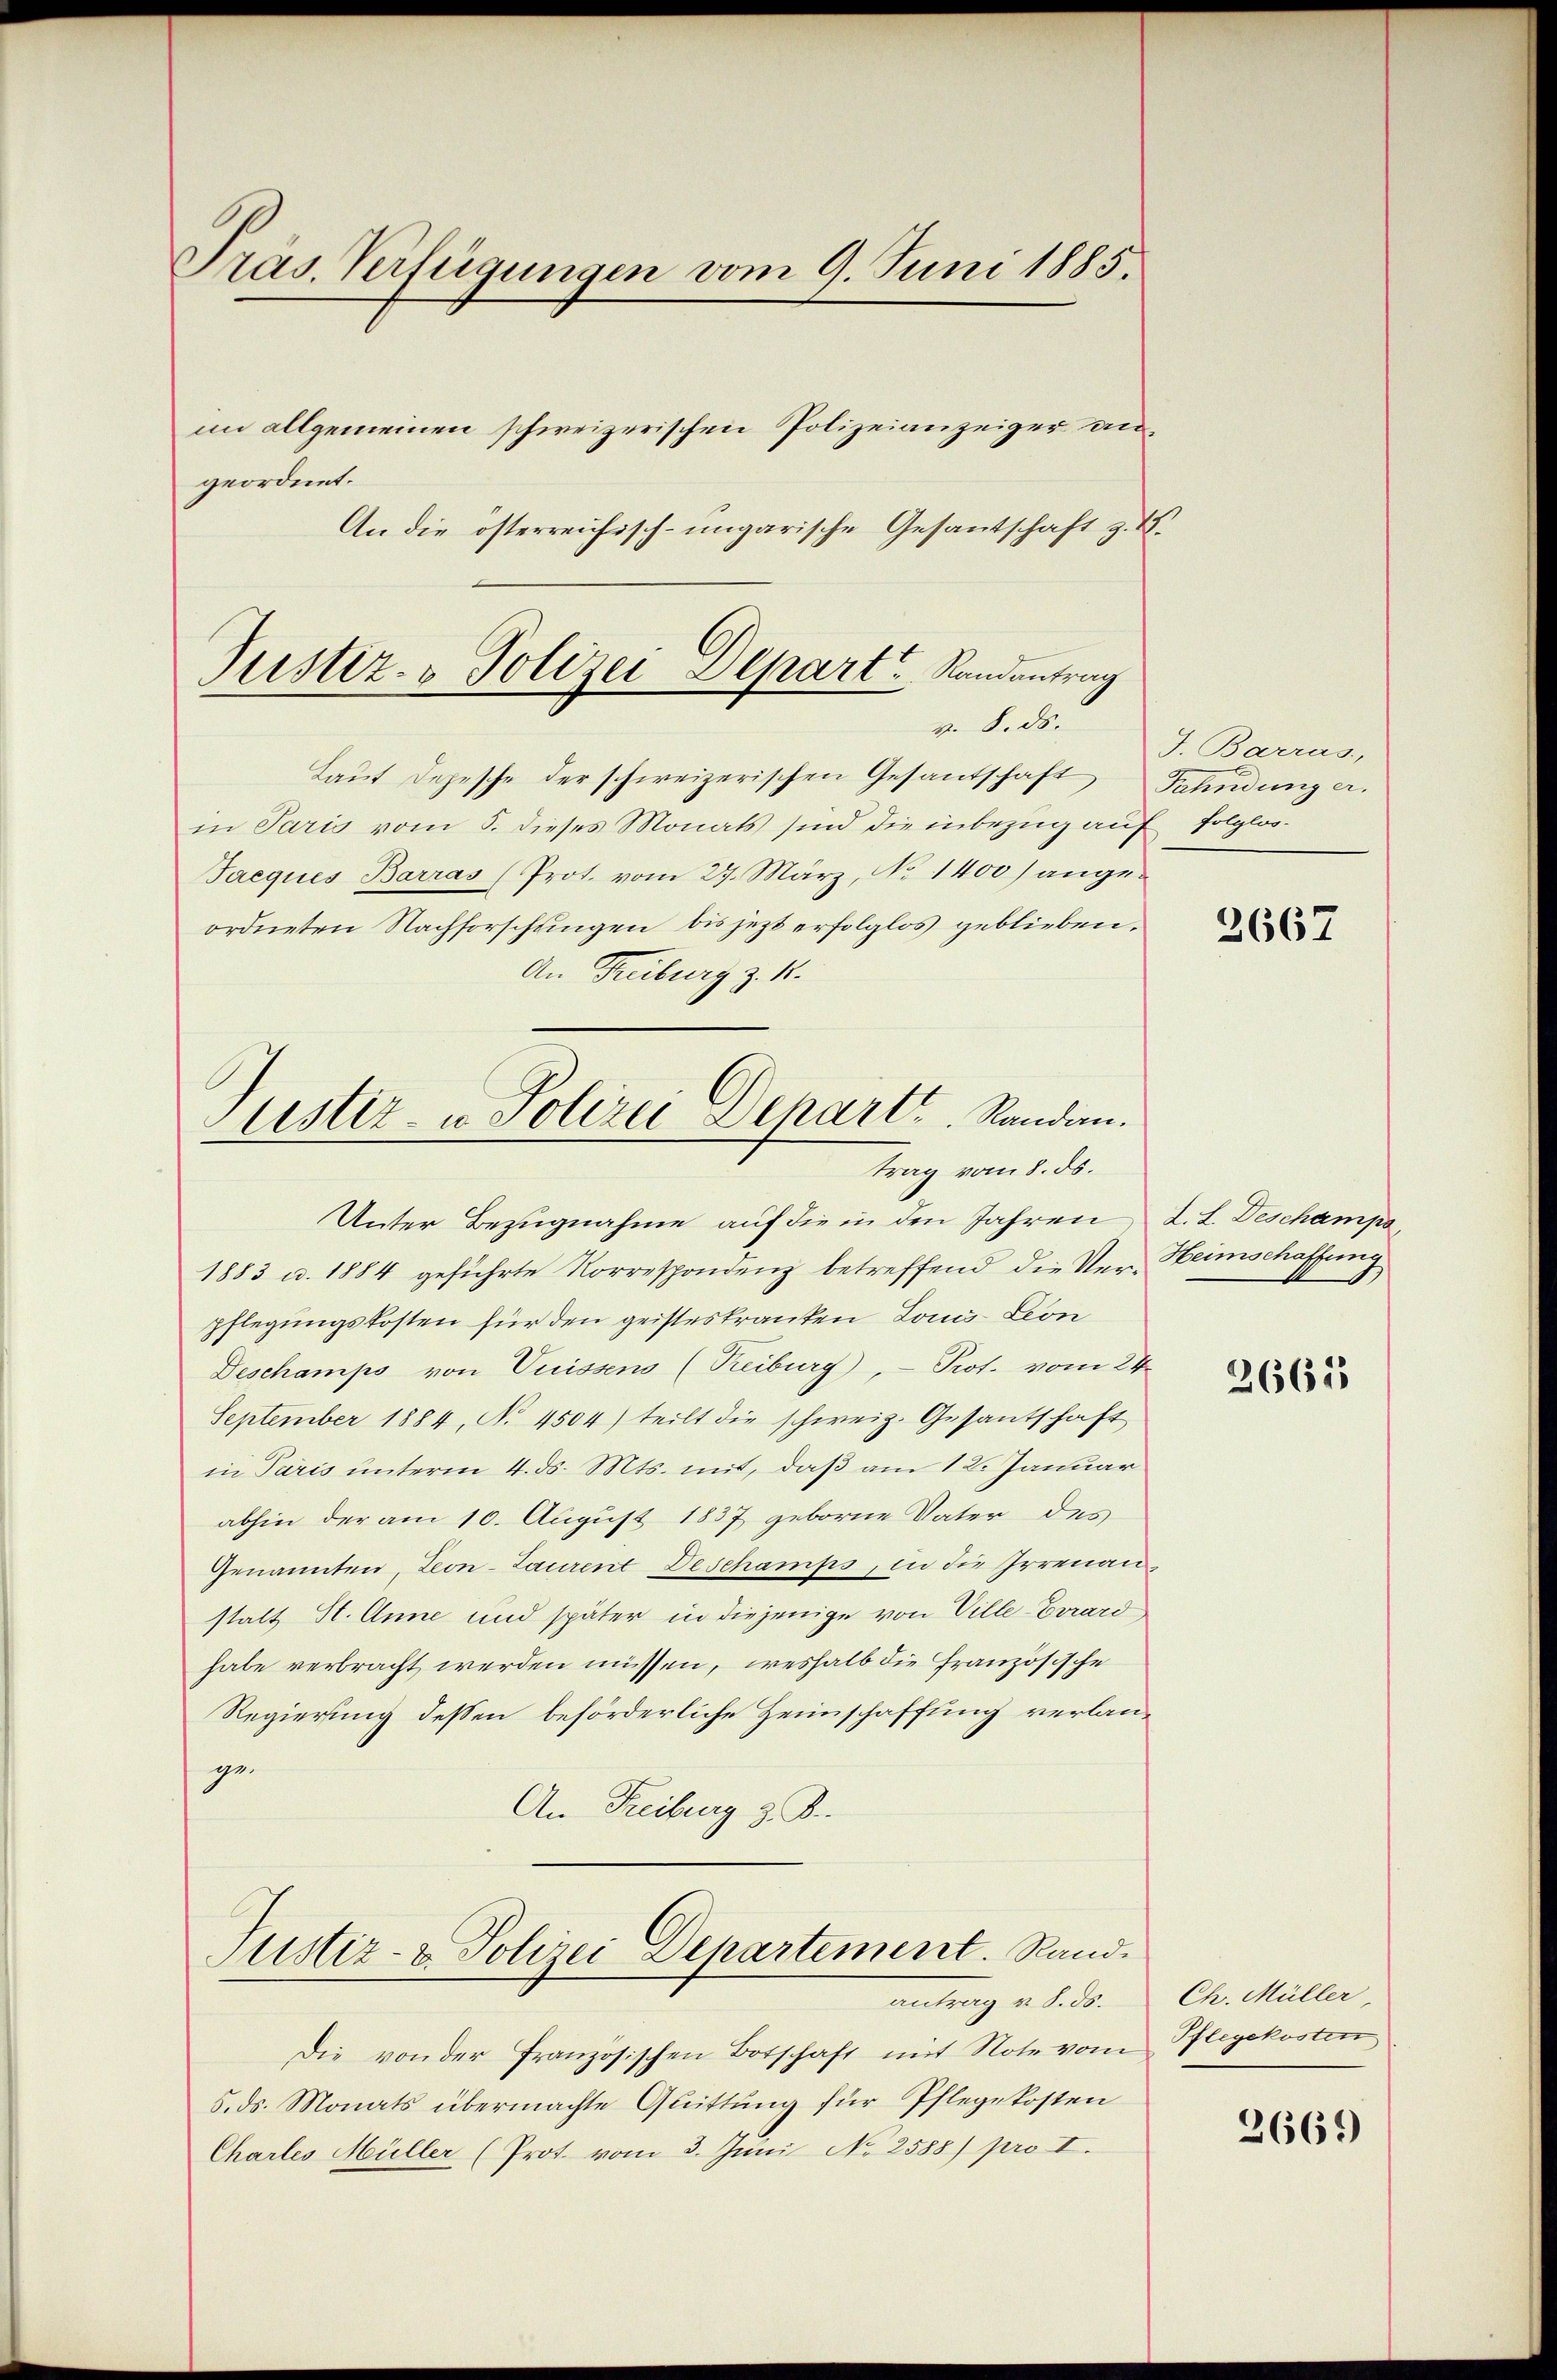
Präs. Verfügungen vom 9. Juni 1885.
im allgemeinen schweizerischen Polizeianzeiger an¬

geordnet.
An die österreichisch-ungarische Gesantschaft z. B.

Justiz- & Polizei Depart Randantrag
v. 8. ds.

Laut Depesche der schweizerischen Gesantschaft Fahndunger.
in Paris vom 5. dieses Monats sind die inbezug auf folglos¬
Taeques Barras (Prot. vom 27. März, No 1400) angeordneten Nachforschungen bis jetzt erfolglos geblieben.
An Freiburg z. K.
Unter Bezŭgnahme aŭf die in den Jahren L. L. Deschampa
1883 u. 1884 geführte Korrespondenz betreffend die Ver-Heimschaffung
pflegungskosten für den geisteskranken Louis-Leon
Deschamps von Vuissens (Reiburg), - Prot. vom 24.
September 1884, No 4504) teilt die schweiz. Gesantschaft
in Paris unterm 4. ds. Mts. mit, daß am 12. Januar
abhin der am 10. August 1837 geborne Vater des
Genannten, Leon-Laurent Deschamps, in die Irrenanstalt St. Anne und später in diejenige von Ville-Errard
habe verbracht werden müssen, weshalb die französische
Regierung dessen beförderliche Heimschaffung verlange¬
An Freiburg z. B.

Justiz- u. Polizei Depart. Randau.
trag vom 8. ds.

Justiz- & Polizei Departement. Rand.
antrag d. d. 30.

Die von der Französischen Botschaft mit Note vom Pflegekosten
5. ds. Monats übermachte Guittung für Pflegekosten
Charles Müller (Prot. vom 3. Juni No 2588) pro I.

J. Barras,

2667

2661

Ch. Müller,

2669)